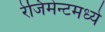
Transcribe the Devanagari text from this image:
रेजिमेन्टमध्ये